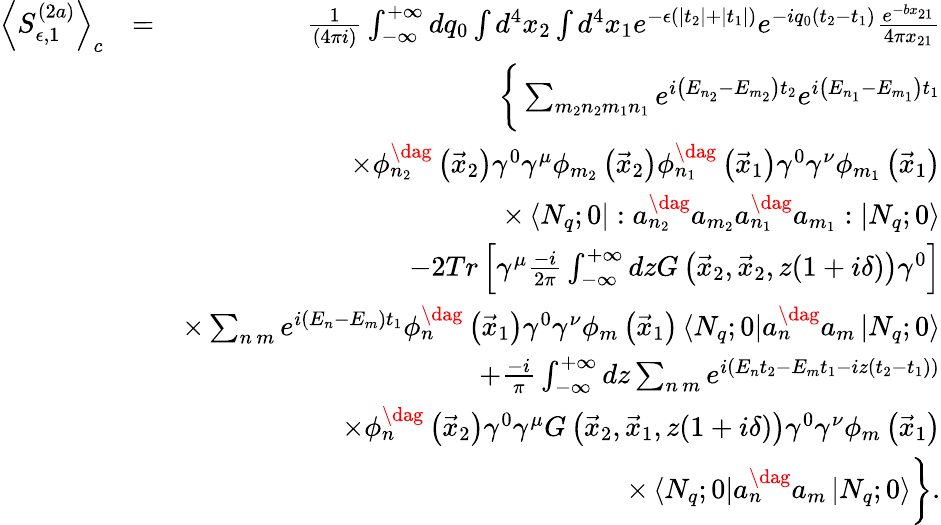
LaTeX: \begin{array}{rlr}{\left<S_{\epsilon,1}^{(2a)}\right>_{c}}&{=}&{\frac{1}{\left(4\pi i\right)}\int_{-\infty}^{+\infty}dq_{0}\int d^{4}x_{2}\int d^{4}x_{1}e^{-\epsilon\left(\left|t_{2}\right|+\left|t_{1}\right|\right)}e^{-iq_{0}\left(t_{2}-t_{1}\right)}\frac{e^{-bx_{21}}}{4\pi x_{21}}}\\ &{}&{\bigg\{ \sum_{m_{2}n_{2}m_{1}n_{1}}e^{i\left(E_{n_{2}}-E_{m_{2}}\right)t_{2}}e^{i\left(E_{n_{1}}-E_{m_{1}}\right)t_{1}}}\\ &{}&{\times\phi_{n_{2}}^{\dag}\left(\vec{x}_{2}\right)\gamma^{0}\gamma^{\mu}\phi_{m_{2}}\left(\vec{x}_{2}\right)\phi_{n_{1}}^{\dag}\left(\vec{x}_{1}\right)\gamma^{0}\gamma^{\nu}\phi_{m_{1}}\left(\vec{x}_{1}\right)}\\ &{}&{\times\left<N_{q};0\right|:a_{n_{2}}^{\dag}a_{m_{2}}a_{n_{1}}^{\dag}a_{m_{1}}:\left|N_{q};0\right>}\\ &{}&{-2Tr\left[\gamma^{\mu}\frac{-i}{2\pi}\int_{-\infty}^{+\infty}dzG\left(\vec{x}_{2},\vec{x}_{2},z(1+i\delta)\right)\gamma^{0}\right]}\\ &{}&{\times\sum_{n\, m}e^{i\left(E_{n}-E_{m}\right)t_{1}}\phi_{n}^{\dag}\left(\vec{x}_{1}\right)\gamma^{0}\gamma^{\nu}\phi_{m}\left(\vec{x}_{1}\right)\left<N_{q};0\right|a_{n}^{\dag}a_{m}\left|N_{q};0\right>}\\ &{}&{+\frac{-i}{\pi}\int_{-\infty}^{+\infty}dz\sum_{n\, m}e^{i\left(E_{n}t_{2}-E_{m}t_{1}-iz\left(t_{2}-t_{1}\right)\right)}}\\ &{}&{\times\phi_{n}^{\dag}\left(\vec{x}_{2}\right)\gamma^{0}\gamma^{\mu}G\left(\vec{x}_{2},\vec{x}_{1},z(1+i\delta)\right)\gamma^{0}\gamma^{\nu}\phi_{m}\left(\vec{x}_{1}\right)}\\ &{}&{\times\left<N_{q};0\right|a_{n}^{\dag}a_{m}\left|N_{q};0\right>\bigg\} .}\end{array}